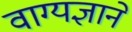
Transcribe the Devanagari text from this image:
वाग्यज्ञाने